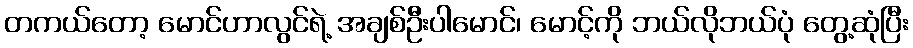
တကယ်တော့ မောင်ဟာလွင်ရဲ့ အချစ်ဦးပါမောင်၊ မောင့်ကို ဘယ်လိုဘယ်ပုံ တွေ့ဆုံပြီး